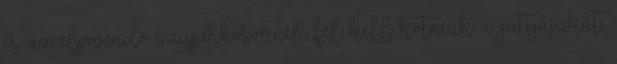
és az eljövendő szuperhősöknek fel kell kötniük a gatyájukat,